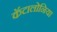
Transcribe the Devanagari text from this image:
कॅटालोनिया